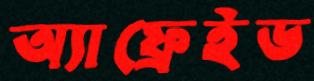
অ্যাফ্রেইড